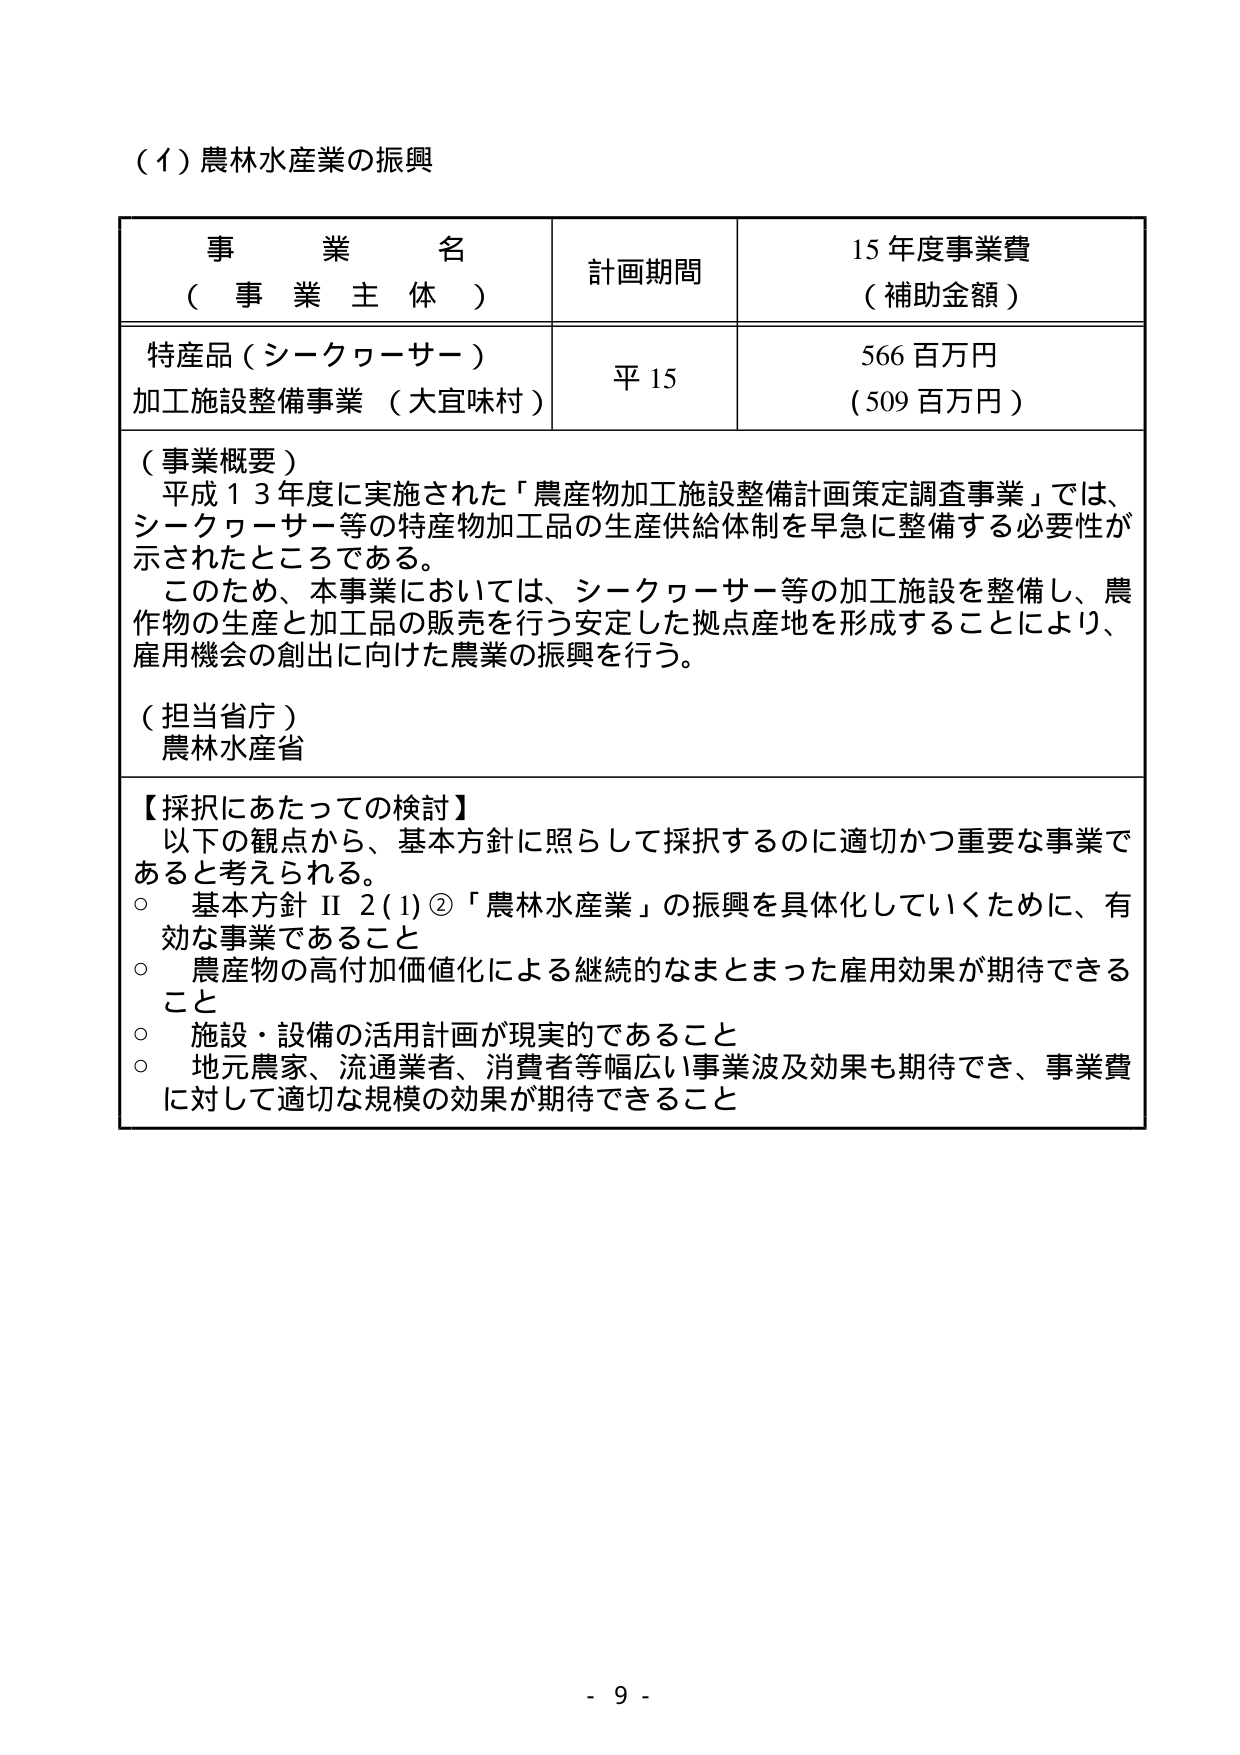
（1）農林水産業の振興

事 業 名
（ 事 業 主 体 ）

計画期間

15年度事業費
（補助金額）

特産品（シークヮーサー）
加工施設整備事業（大宜味村）

平15

566百万円
（509百万円）

（事業概要）
平成13年度に実施された「農産物加工施設整備計画策定調査事業」では、
シークヮーサー等の特産物加工品の生産供給体制を早急に整備する必要性が
示されたところである。
このため、本事業においては、シークヮーサー等の加工施設を整備し、農
作物の生産と加工品の販売を行う安定した拠点産地を形成することにより、
雇用機会の創出に向けた農業の振興を行う。

（担当省庁）
農林水産省

【採択にあたっての検討】
以下の観点から、基本方針に照らして採択するのに適切かつ重要な事業で
あると考えられる。
○ 基本方針Ⅱ2(1)②「農林水産業」の振興を具体化していくために、有
効な事業であること
○ 農産物の高付加価値化による継続的なまともった雇用効果が期待できる
こと
○ 施設・設備の活用計画が現実的であること
○ 地元農家、流通業者、消費者等幅広い事業波及効果も期待でき、事業費
に対して適切な規模の効果が期待できること

- 9 -